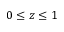
0 \le z \le 1